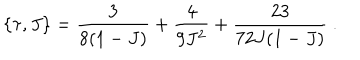
LaTeX: \{ \tau , J \} = \frac { 3 } { 8 ( 1 - J ) } + \frac { 4 } { 9 J ^ { 2 } } + \frac { 2 3 } { 7 2 J ( 1 - J ) } \ .